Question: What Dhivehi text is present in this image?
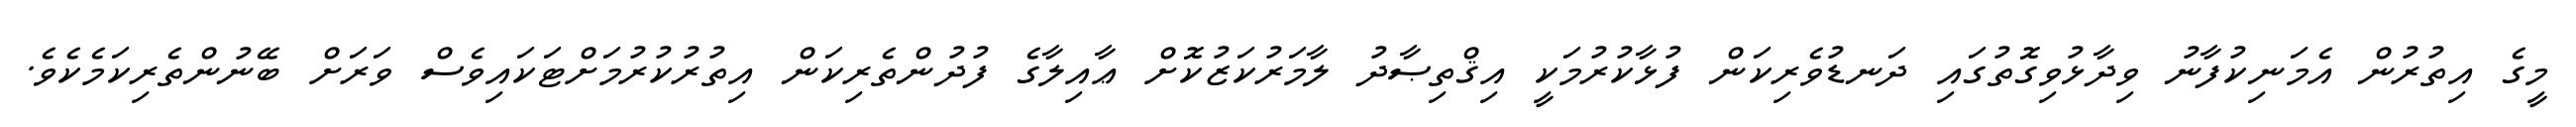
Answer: މީގެ އިތުރުން އެމަނިކުފާނު ވިދާޅުވިގޮތުގައި ދަނޑުވެރިކަން ފުޅާކުރުމަކީ އިޤްތިޞާދު ލާމަރުކަޒުކޮށް ޢާއިލާގެ ފުދުންތެރިކަން އިތުރުކުރުމަށްޓަކައިވެސް ވަރަށް ބޭނުންތެރިކަމެކެވެ.